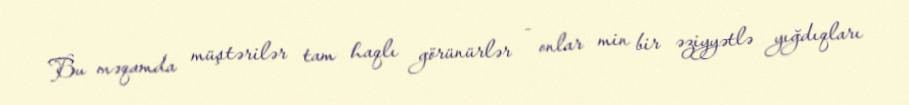
Bu məqamda müştərilər tam haqlı görünürlər - onlar min bir əziyyətlə yığdıqları